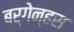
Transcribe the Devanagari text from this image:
बर्गेन्हस